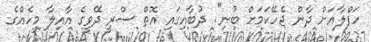
ހަފްލާއަށް ދާން ޖެހޭކަމަށް ބުނި". ދުބާއިގައި އޮތް ސްރީ ދޭވީގެ އާއިލާ މީހެއްގެ